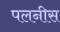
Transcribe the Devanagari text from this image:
पलनीस